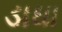
ડાઘા